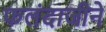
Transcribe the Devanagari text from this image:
फलंदाजीने